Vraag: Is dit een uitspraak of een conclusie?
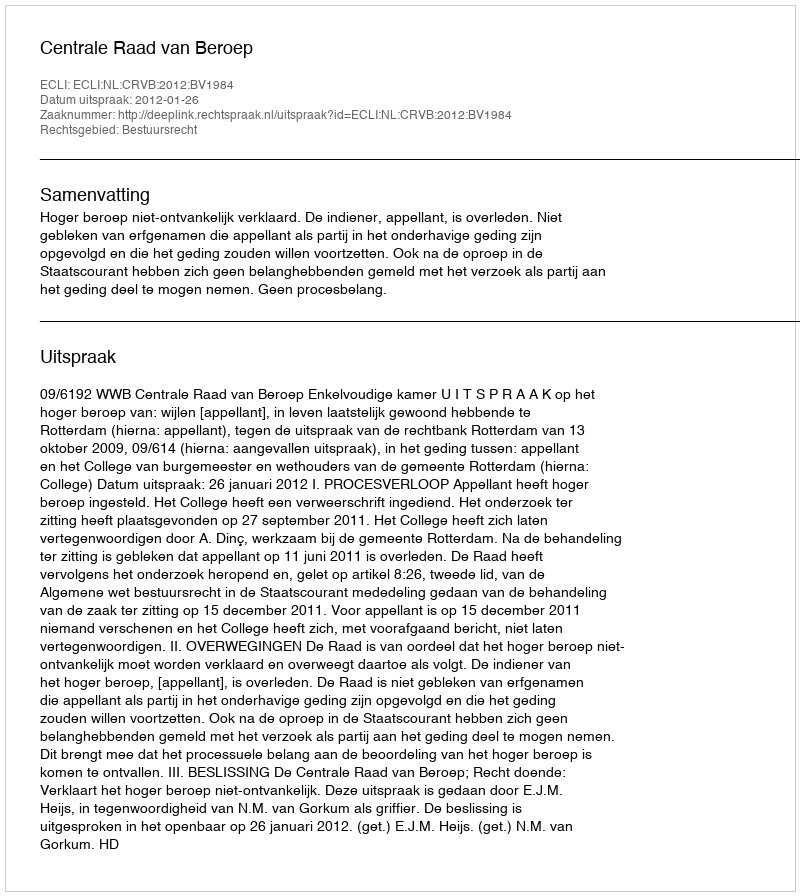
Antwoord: Uitspraak